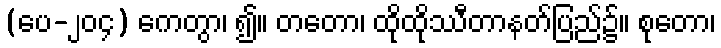
(ပေ-၂၀၄) ကေတွာ၊ ၍။ တတော၊ ထိုထိုဿီတာနတ်ပြည်၌။ စုတော၊